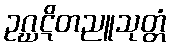
ဥဂ္ဃဋိတညူသုတ္တံ